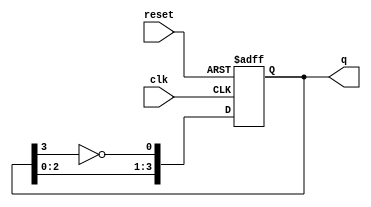
module johnson (clk, reset, q); 

parameter size = 4; 

  input clk, reset; 

  output [size-1:0] q; 

  reg [size-1:0] q; 

  integer i; 

  always @(posedge clk or posedge reset) 

    if (reset) 

      q <= 0; 

    else 

      begin 

        for (i=1;i<size;i=i+1) 

            q[i] <= q[i-1]; 

            q[0] <= ~q[size-1]; 

      end 

endmodule // johnson